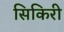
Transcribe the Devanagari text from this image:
सिकिरी